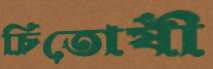
চিতোষী